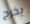
يخرج